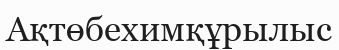
Ақтөбехимқұрылыс